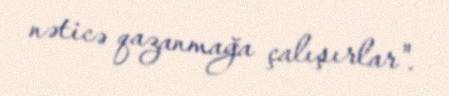
nəticə qazanmağa çalışırlar".